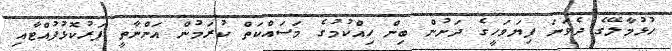
ހުޅުމާލޭގެ ދެވަނަ ފިޔަވަހީގެ ދަށުން ބިން ހިއްކުމުގެ މަސައްކަތް ކުރަމުން އަންނާތީ ފަރުކޮޅުފުއްޓާއި